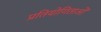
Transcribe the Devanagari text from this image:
प्रतियोगिताओँ